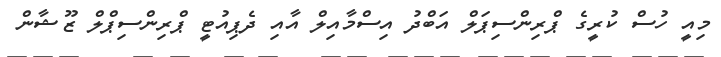
މިއީ ހުސް ކުރީގެ ޕްރިންސިޕަލް އަބްދު އިސްމާއިލް އާއި ދެޕިއުޓީ ޕްރިންސިޕްލް ޒޫޝާން